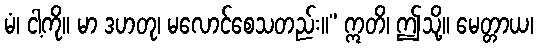
မံ၊ ငါ့ကို။ မာ ဒဟတု၊ မလောင်စေသတည်း။” ဣတိ၊ ဤသို့။ မေတ္တာယ၊